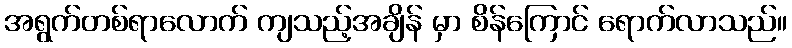
အရွက်တစ်ရာလောက် ကျသည့်အချိန် မှာ စိန်ကြောင် ရောက်လာသည်။